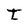
Character: T